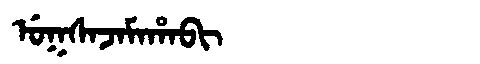
Manchu: ᡠᡴᠰᠠᠵᠠᠮᠠᡥᠠᠪᡳ
Romanization: UKSAJAMAHABI